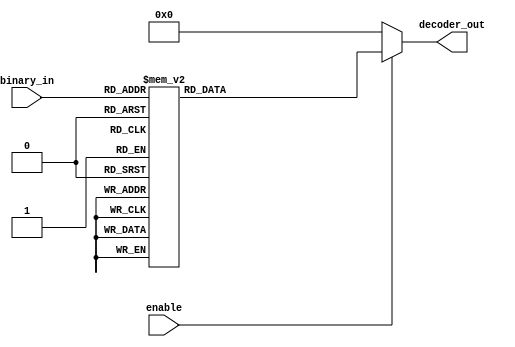
module decoder_case (binary_in,decoder_out,enable);
  input [3:0] binary_in  ; //  4 bit binary input
  input  enable ;   //  Enable for the decoder
  output [15:0] decoder_out ;  //  16-bit  out
  
  reg [15:0] decoder_out ;
  
  always @ (enable or binary_in)
  begin
    decoder_out = 0;
    if (enable) begin
      case (binary_in)
        4'h0 : decoder_out = 16'h0001;
        4'h1 : decoder_out = 16'h0002;
        4'h2 : decoder_out = 16'h0004;
        4'h3 : decoder_out = 16'h0008;
        4'h4 : decoder_out = 16'h0010;
        4'h5 : decoder_out = 16'h0020;
        4'h6 : decoder_out = 16'h0040;
        4'h7 : decoder_out = 16'h0080;
        4'h8 : decoder_out = 16'h0100;
        4'h9 : decoder_out = 16'h0200;
        4'hA : decoder_out = 16'h0400;
        4'hB : decoder_out = 16'h0800;
        4'hC : decoder_out = 16'h1000;
        4'hD : decoder_out = 16'h2000;
        4'hE : decoder_out = 16'h4000;
        4'hF : decoder_out = 16'h8000;
      endcase
    end
  end
  endmodule